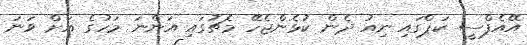
އޭއެފްސީ ކަޕްގައި ނިއު ދެން ކުޅެންޖެހޭ މެޗުގައި އަންނަ މަހުގެ އަށް ވަނަ